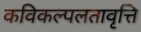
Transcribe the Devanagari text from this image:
कविकल्पलतावृत्ति